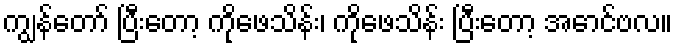
ကျွန်တော် ပြီးတော့ ကိုဖေသိန်း၊ ကိုဖေသိန်း ပြီးတော့ အောင်ဗလ။